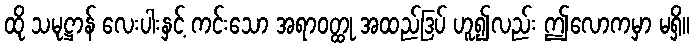
ထို သမုဋ္ဌာန် လေးပါးနှင့် ကင်းသော အရာဝတ္ထု အထည်ဒြပ် ဟူ၍လည်း ဤလောကမှာ မရှိ။